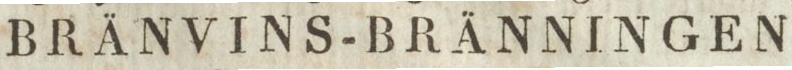
BRÄNVINS-BRÄNNINGEN